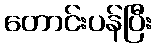
တောင်းပန်ပြီး